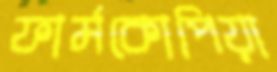
ফার্মকোপিয়া